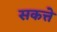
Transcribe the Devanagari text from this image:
सकत्ते